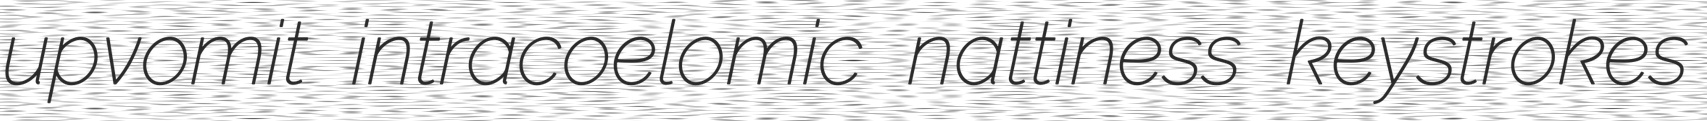
upvomit intracoelomic nattiness keystrokes